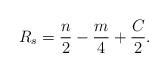
LaTeX: \begin{align*}R_s = \frac{n}{2} - \frac{m}{4} + \frac{C}{2}. \end{align*}